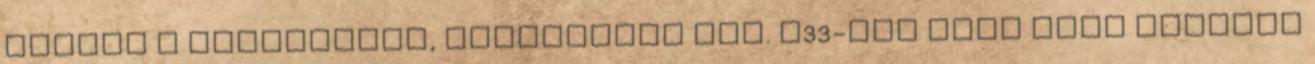
kicsit a színpadhoz, lelkesítve azt. R33-ban lesz több zenekar